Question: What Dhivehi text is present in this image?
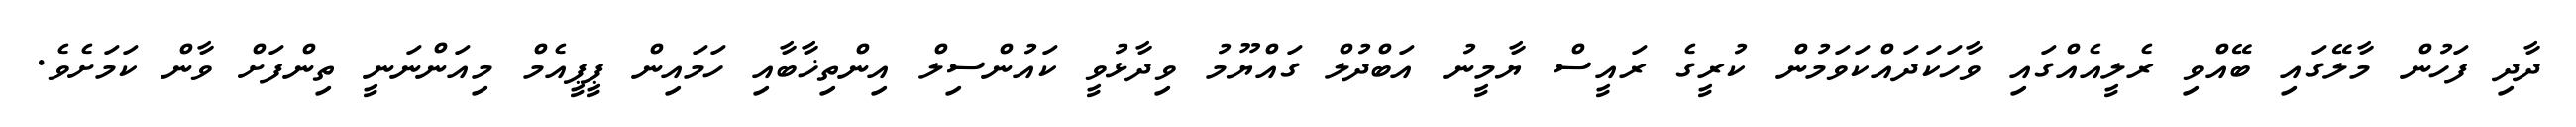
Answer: ދާދި ފަހުން މާލޭގައި ބޭއްވި ރެލީއެއްގައި ވާހަކަދައްކަވަމުން ކުރީގެ ރައީސް ޔާމީނު އަބްދުލް ގައްޔޫމު ވިދާޅުވީ ކައުންސިލް އިންތިޚާބާއި ހަމައިން ޕީޕީއެމް މިއަންނަނީ ތިންފަށް ވާން ކަމަށެވެ.